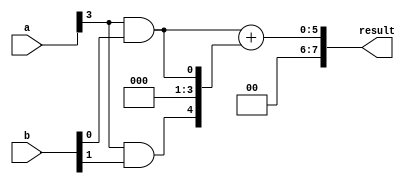
module CarrySaveMultiplier #(parameter N = 4) (
    input wire [N-1:0] a,
    input wire [N-1:0] b,
    output wire [2*N-1:0] result
);

wire [N-1:0] partial_products [N-1:0][N-1:0];
wire [2*N-1:0] carry_save_adder_outputs [N:0];

// Generate partial products
genvar i, j;
generate
    for(i = 0; i < N; i = i + 1) begin
        for(j = 0; j < N; j = j + 1) begin
            assign partial_products[i][j] = a[i] & b[j];
        end
    end
endgenerate

// Carry-save adder array
genvar k;
generate
    assign carry_save_adder_outputs[0] = {1'b0, partial_products[0][0]};
    for(k = 1; k < N; k = k + 1) begin
        assign carry_save_adder_outputs[k] = {carry_save_adder_outputs[k-1][2*N-1], partial_products[k][0]} + {partial_products[k][1], partial_products[k][0]};
    end
endgenerate

// Final reduction stage
assign result = carry_save_adder_outputs[N-1];

endmodule